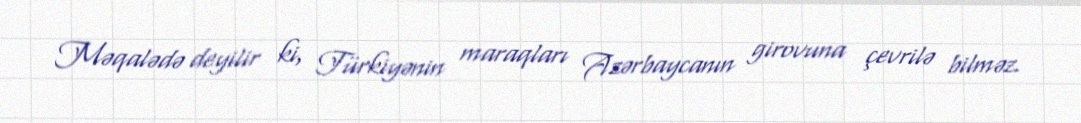
Məqalədə deyilir ki, Türkiyənin maraqları Azərbaycanın girovuna çevrilə bilməz.